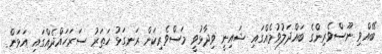
ބޭއްވި ނޫސްވެރިންގެ ބައްދަލުވުމެއްގައި ޝައިނީ ވިދާޅުވީ މަސްވެރިކަން ރަނގަޅު ހަތަރު ސަރަހައްދެއްގައި އަޅަން